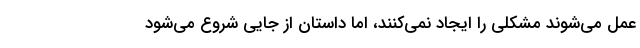
عمل می‌شوند مشکلی را ایجاد نمی‌کنند، اما داستان از جایی شروع می‌شود